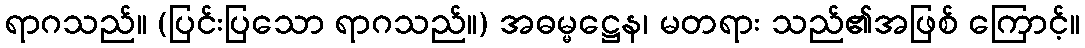
ရာဂသည်။ (ပြင်းပြသော ရာဂသည်။) အဓမ္မဋ္ဌေန၊ မတရား သည်၏အဖြစ် ကြောင့်။